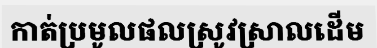
កាត់ប្រមូលផលស្រូវស្រាលដើម